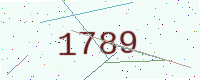
Text: 1789